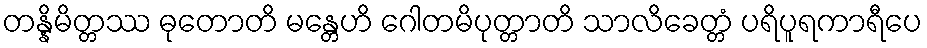
တန္နိမိတ္တဿ ဓုတောတိ မန္တေဟိ ဂေါတမိပုတ္တာတိ သာလိခေတ္တံ ပရိပူရကာရီပေ